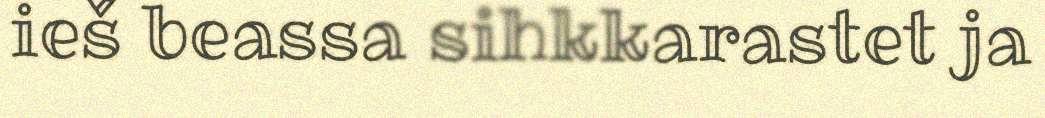
ieš beassa sihkkarastet ja